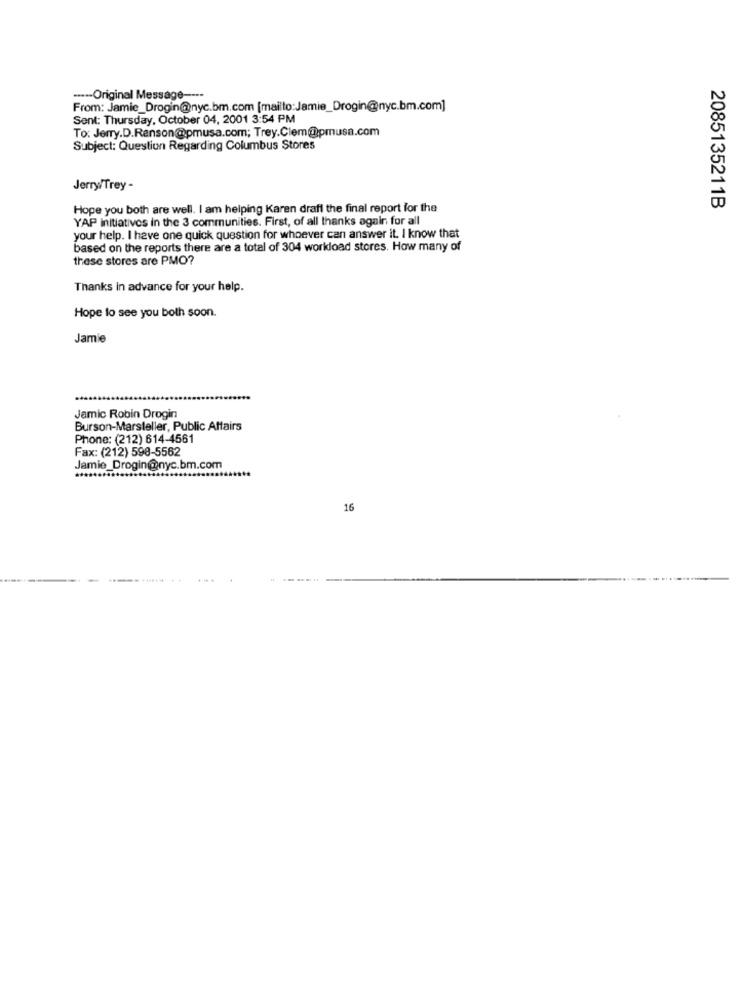
----- Original Message ----
From: Jamie_Drogin@nyc.bm.com [mailto:Jamie_Drogin@nyc.bm.com]
Sent: Thursday, October 04, 2001 3:54 PM
To: Jerry.D.Ranson@pmusa.com; Trey.Clem@pmusa.com
Subject: Question Regarding Columbus Stores
Jerry/Trey -
Hope you both are well. I am helping Karen draft the final report for the
2085135211B
YAP initiatives in the 3 communities. First, of all thanks again for all
your help. I have one quick question for whoever can answer it. I know that
based on the reports there are a total of 304 workload stores. How many of
these stores are PMO?
Thanks in advance for your help.
Hope to see you both soon.
Jamie
Jamic Robin Drogin
Burson-Marsteller, Public Affairs
Phone: (212) 614-4561
Fax: (212) 598-5562
Jamie_Drogin@nyc.bm.com
16